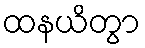
ထနယိတွာ